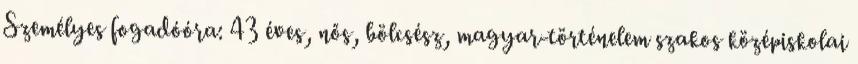
Személyes fogadóóra: 43 éves, nős, bölcsész, magyar-történelem szakos középiskolai